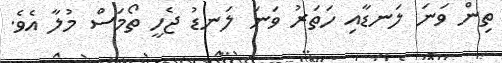
ތިން ވަނަ ލަނޑާއި ހަތަރު ވަނަ ލަނޑު ޖެހީ ތޯމަސް މުލާ އެވެ.